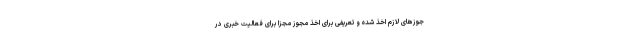
جوزهای لازم اخذ شده و تعریفی برای اخذ مجوز مجزا برای فعالیت خبری در